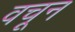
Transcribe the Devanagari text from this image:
वचून